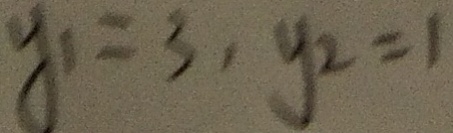
y _ { 1 } = 3 , y _ { 2 } = 1